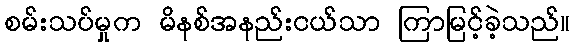
စမ်းသပ်မှုက မိနစ်အနည်းငယ်သာ ကြာမြင့်ခဲ့သည်။